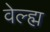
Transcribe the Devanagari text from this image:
वेल्ह्म